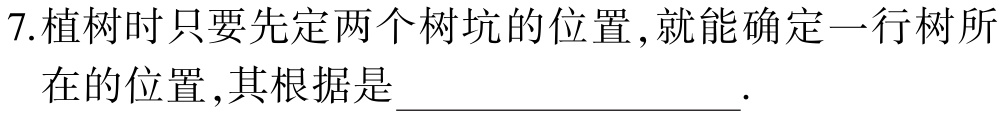
7.植树时只要先定两个树坑的位置,就能确定一行树所
在的位置,其根据是____________________.